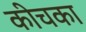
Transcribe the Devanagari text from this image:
कीचका